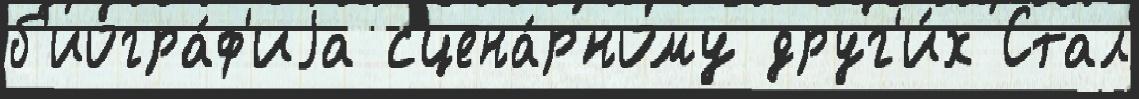
б'иогра́ф'иjа сцена́рному друг'и́х Стал